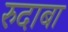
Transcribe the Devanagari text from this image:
रुदाबा